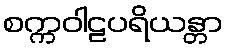
စက္ကဝါဠပရိယန္တာ